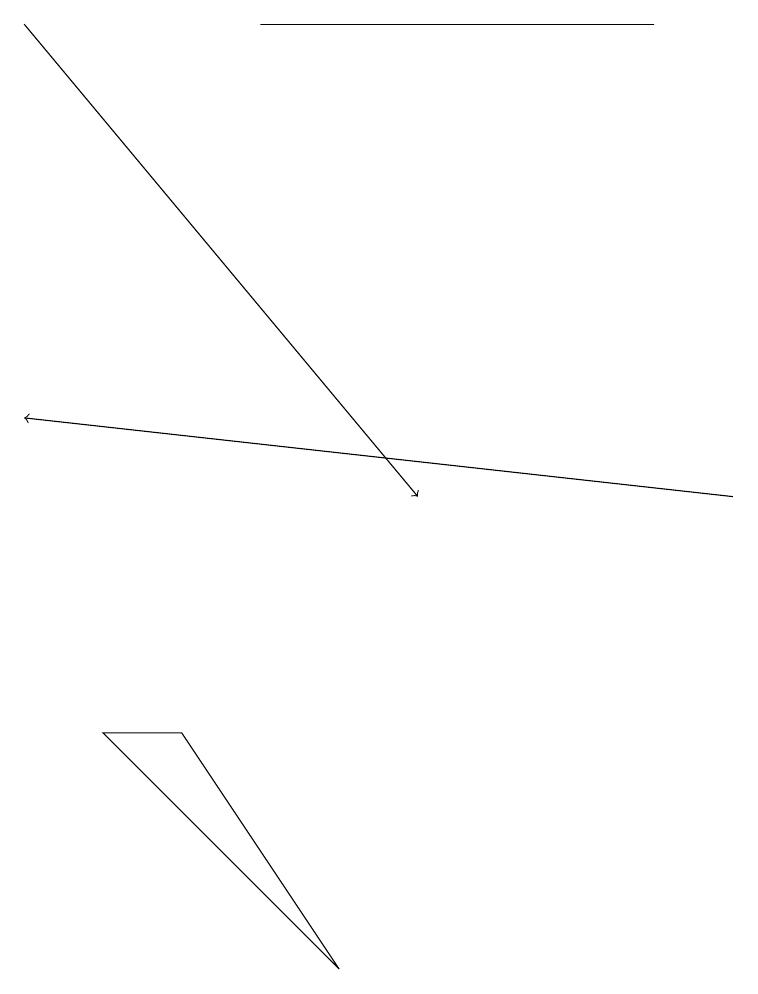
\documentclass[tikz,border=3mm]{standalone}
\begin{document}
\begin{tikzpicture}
\draw (4,6) -- (2,9) -- (1,9) -- cycle;
\draw (3,18) rectangle (8,18);
\draw[->] (0,18) -- (5,12);
\draw[->] (9,12) -- (0,13);
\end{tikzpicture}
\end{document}